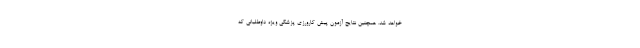
خواهد شد. همچنین نتایج آزمون‌ پیش کارورزی پزشکی ویژه داوطلبانی که